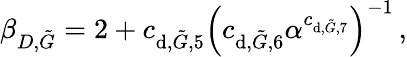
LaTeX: \beta_{D,\tilde{G}}={2+c_{\textup{d},\tilde{G},5}\left(c_{\textup{d},\tilde{G},6}\alpha^{c_{\textup{d},\tilde{G},7}}\right)^{-1}}\, ,